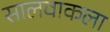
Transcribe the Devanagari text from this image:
सालवाकला